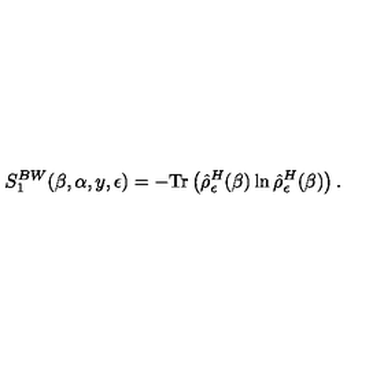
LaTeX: S _ { 1 } ^ { B W } ( \beta , \alpha , y , \epsilon ) = - \mathrm { T r } \left( \hat { \rho } _ { \epsilon } ^ { H } ( \beta ) \ln \hat { \rho } _ { \epsilon } ^ { H } ( \beta ) \right) .